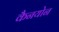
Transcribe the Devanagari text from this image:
कैनयोन